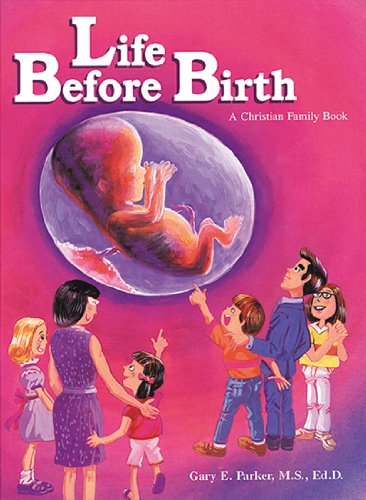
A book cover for Life Before Birth; Gary E. Parker; Medical Books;